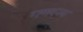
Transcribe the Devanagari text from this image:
गणरज्य